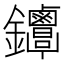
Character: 𨰳